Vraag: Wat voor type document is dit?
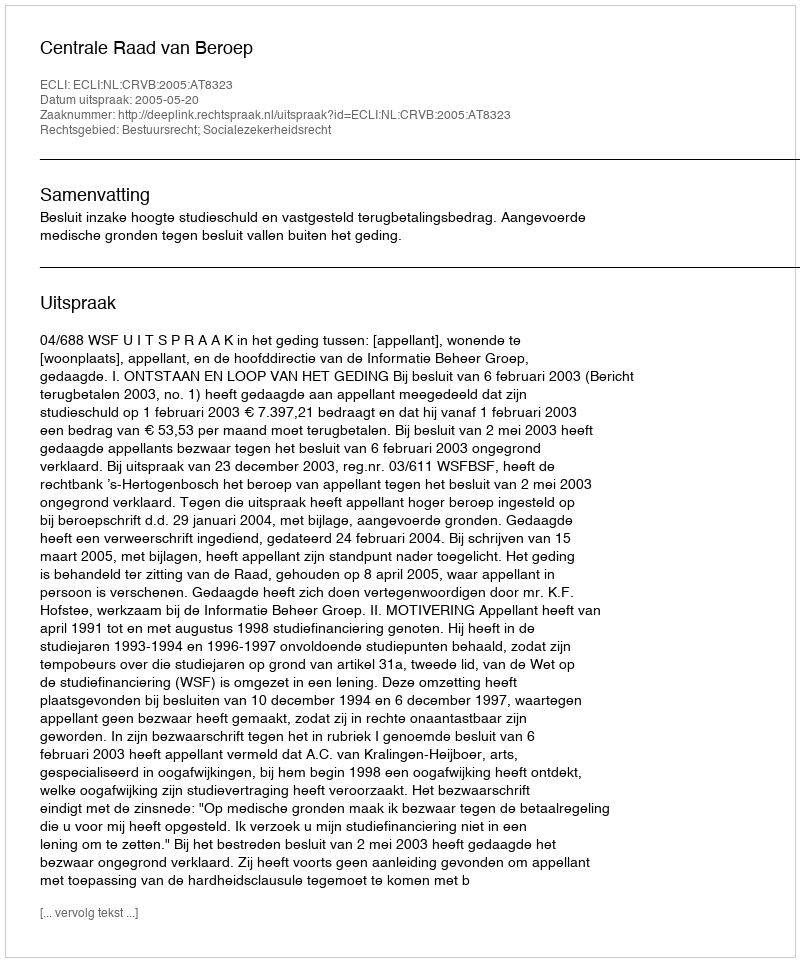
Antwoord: Uitspraak